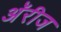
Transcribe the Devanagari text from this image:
अॅरीज